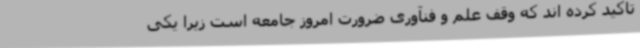
تأکید کرده اند که وقف علم و فنآوری ضرورت امروز جامعه است زیرا یکی